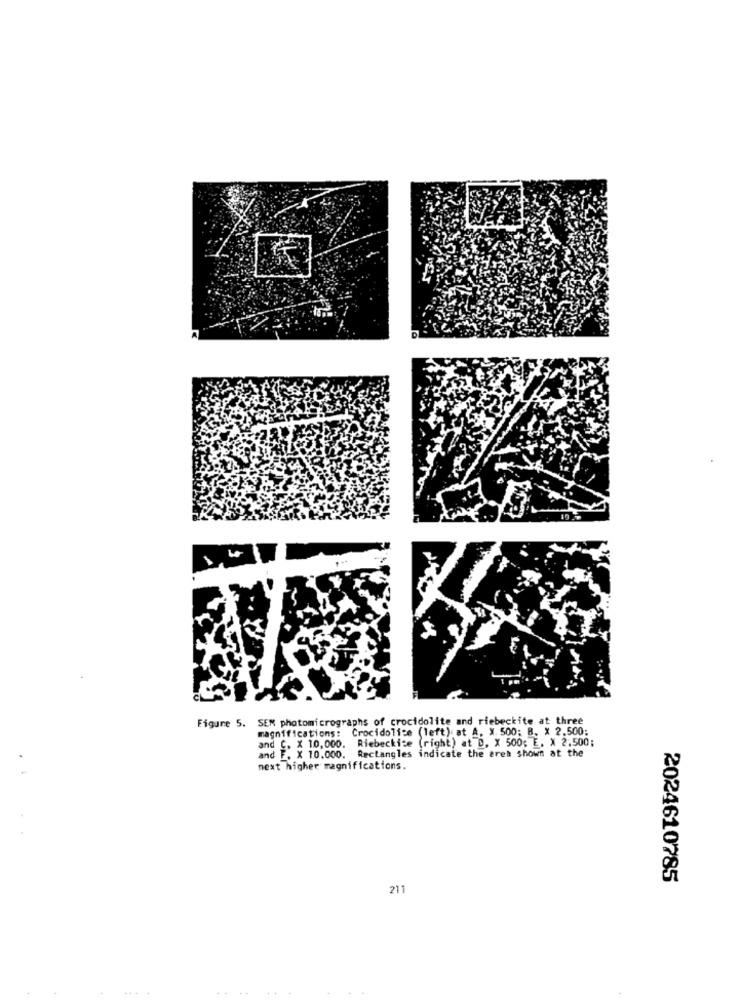
Figure 5. SEM photomicrographs of crocidolite and riebeckite at three
magnifications: Crocidolice (left) at A, X. 500: B. X 2.500;
and C. X 10,000. Riebeckice (right) at D. X 500; E. X 2.500;
and F. X 10.000. Rectangles indicate the erek shown at the
next higher magnifications.
2024610785
211
4 4